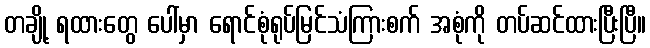
တချို့ ရထားတွေ ပေါ်မှာ ရောင်စုံရုပ်မြင်သံကြားစက် အစုံကို တပ်ဆင်ထားပြီးပြီ။